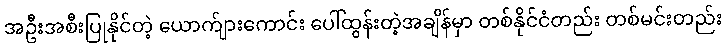
အဦးအစီးပြုနိုင်တဲ့ ယောက်ျားကောင်း ပေါ်ထွန်းတဲ့အချိန်မှာ တစ်နိုင်ငံတည်း တစ်မင်းတည်း